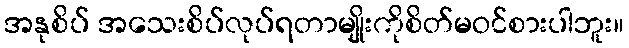
အနုစိပ် အသေးစိပ်လုပ်ရတာမျိုးကိုစိတ်မဝင်စားပါဘူး။